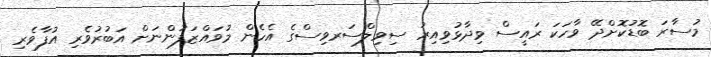
މުސާރަ ބޮޑުކޮށްދޭ ވާހަކަ ރައީސް ވިދާޅުވިއިރު ސިވިލްސަރވިސްގެ އެހެން މުވައްޒަފުންނަށް އަބުރުވެރި އުފާވެރި